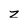
Character: z